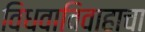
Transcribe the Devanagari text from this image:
विधवाविवाहाचा